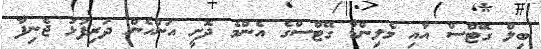
ބިލް ގޭޓްސް އާއި މެލިންޑާ ގޭޓްސްގެ އެންމެ ދޮށީ އަންހެން ދަރިފުޅު ޖެނިފާ